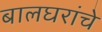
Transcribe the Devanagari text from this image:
बालघरांचे